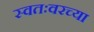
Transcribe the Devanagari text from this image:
स्वतःवरच्या